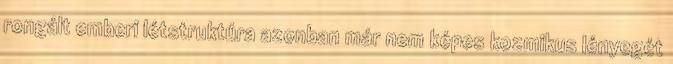
rongált emberi létstruktúra azonban már nem képes kozmikus lényegét